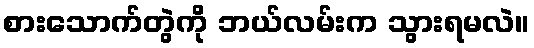
စားသောက်တွဲကို ဘယ်လမ်းက သွားရမလဲ။